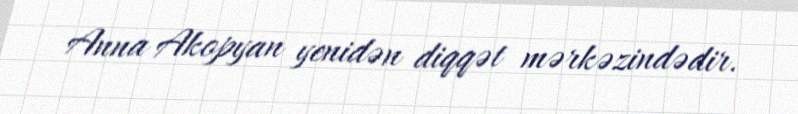
Anna Akopyan yenidən diqqət mərkəzindədir.